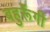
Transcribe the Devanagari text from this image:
बहुरूॅंगी